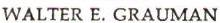
WALTER E. GRAUMAN